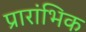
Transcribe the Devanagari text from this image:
प्रारांभिक